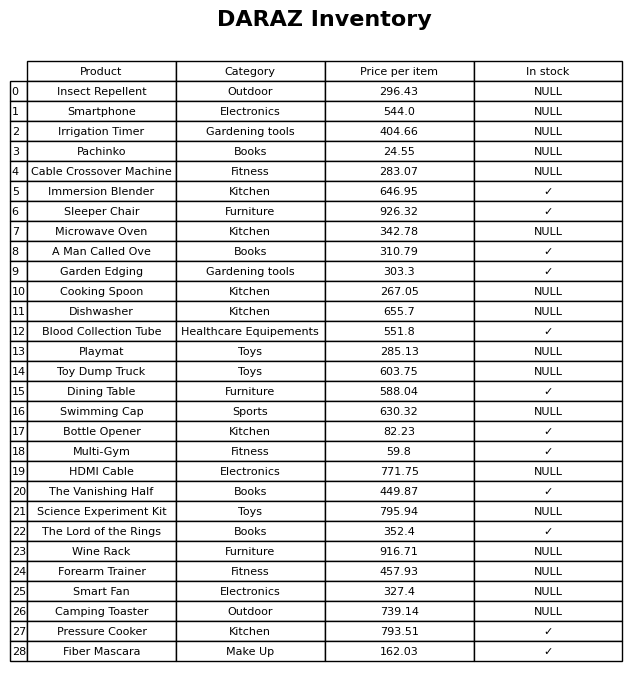
question: What is the stock status of the Toy Dump Truck?
answer: NULL